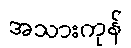
အသားကုန်